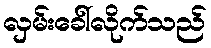
လှမ်းခေါ်လိုက်သည်